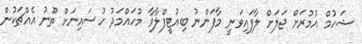
ޝަހުމް އުމުރަށް ޖަލަށް ލާފައިވަނީ މާފަންނު ބިއުޓީފްލާވާ މުހައްމަދު ހުސައިނަށް ތޫނު އެއްޗަކުން